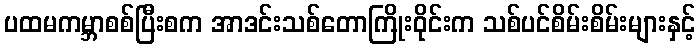
ပထမကမ္ဘာစစ်ပြီးစက အာဒင်းသစ်တောကြိုးဝိုင်းက သစ်ပင်စိမ်းစိမ်းများနှင့်